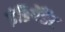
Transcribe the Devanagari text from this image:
इंङिपेंङेंट